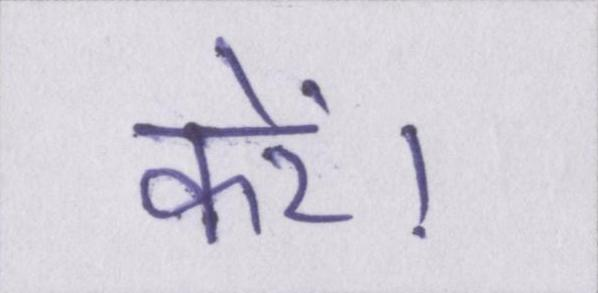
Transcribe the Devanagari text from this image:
करें।